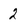
Character: 2